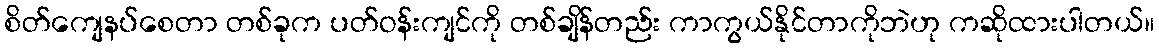
စိတ်ကျေနပ်စေတာ တစ်ခုက ပတ်ဝန်းကျင်ကို တစ်ချိန်တည်း ကာကွယ်နိုင်တာကိုဘဲဟု ကဆိုထားပါတယ်။